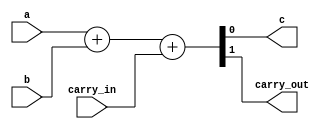
module openlane_full_adder (
    input wire a,
    input wire b,
    input wire carry_in,
    output wire c,
    output wire carry_out
);

    assign {carry_out, c} = a + b + carry_in;

endmodule